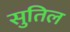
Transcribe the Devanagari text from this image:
सुतिल